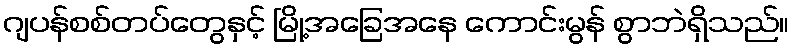
ဂျပန်စစ်တပ်တွေနှင့် မြို့အခြေအနေ ကောင်းမွန် စွာဘဲရှိသည်။